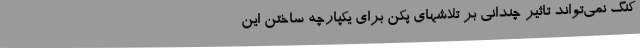
کنگ نمی‌تواند تاثیر چندانی بر تلاشهای پکن برای یکپارچه ساختن این